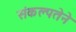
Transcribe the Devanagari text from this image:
संकल्पतेने